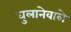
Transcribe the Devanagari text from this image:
घुलानेवाले